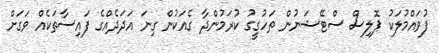
ފުވައްމުލަކު ޕޮލިސް ސްޓޭޝަނުން ތަހުގީގު ކުރަމުންދާ ގެއަކުން ގިނަ އަދަދެއްގެ ފައިސާތަކެއް ވަގަށް